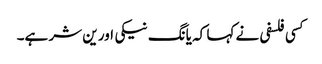
کسی فلسفی نے کہا کہ یانگ نیکی اور ین شر ہے۔